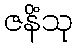
ဇနိံသု